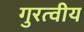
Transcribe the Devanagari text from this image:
गुरत्वीय